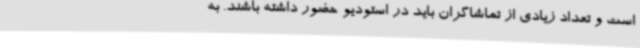
است و تعداد زیادی از تماشاگران باید در استودیو حضور داشته باشند. به